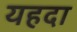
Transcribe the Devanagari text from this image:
यहदा